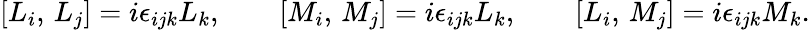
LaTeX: [L_{i},\, L_{j}]=i\epsilon_{ijk}L_{k},\ \ \ \ \ \ \ \ [M_{i},\, M_{j}]=i\epsilon_{ijk}L_{k},\ \ \ \ \ \ \ \ [L_{i},\, M_{j}]=i\epsilon_{ijk}M_{k}.